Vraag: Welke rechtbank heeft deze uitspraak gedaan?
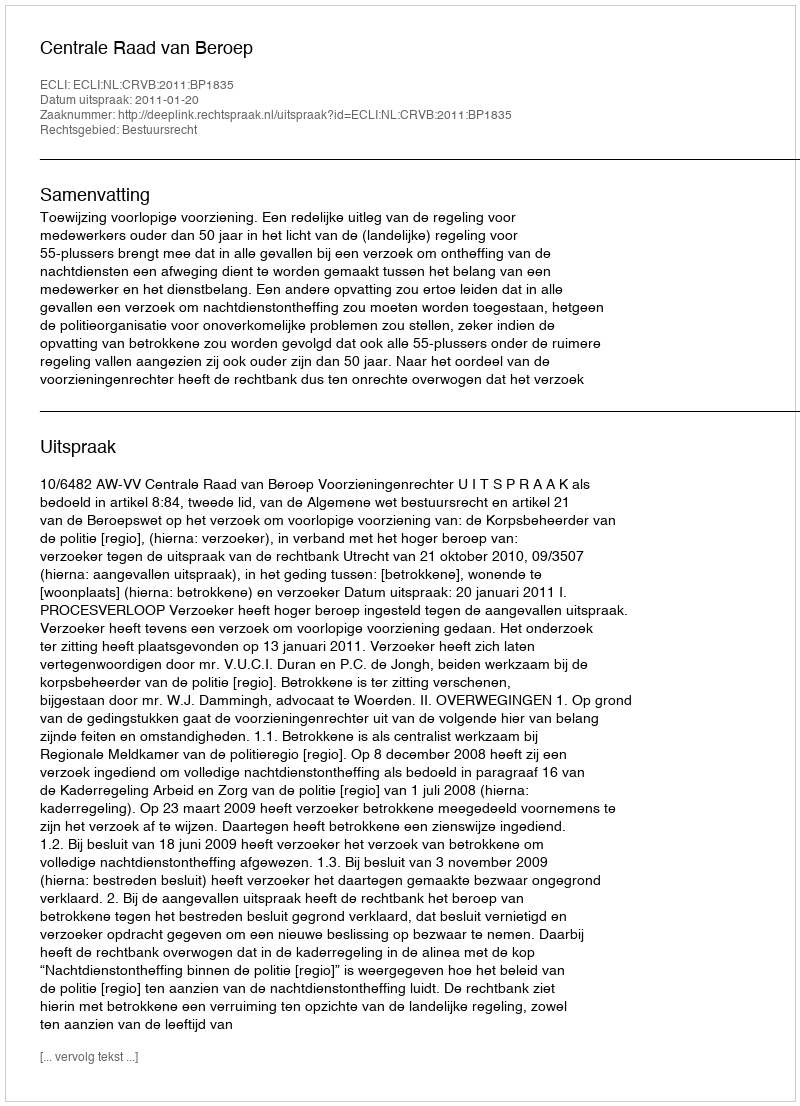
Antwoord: Centrale Raad van Beroep